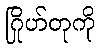
ဂြိုဟ်တုကို